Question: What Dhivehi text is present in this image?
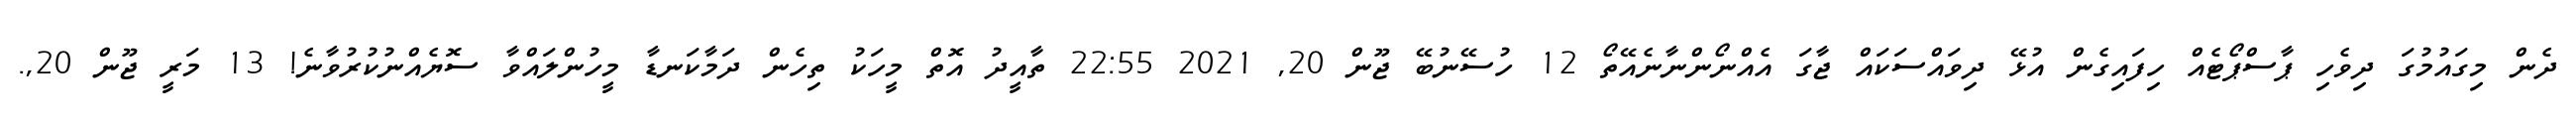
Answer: ދެން މިގައުމުގަ ދިވެހި ޕާސްޕޯޓެއް ހިފައިގެން އުޅޭ ދިވައްސަކައް ޖާގަ އެއްނޯންނާނެއޭތޯ 12 ހުސޭނުބޭ ޖޫން 20, 2021 22:55 ތާއީދު އޮތް މީހަކު ތިހެން ދަމާކަނޑާ މީހުންލައްވާ ސޮޔެއްނުކުރުވާނެ! 13 މަރީ ޖޫން 20,.